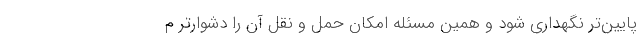
پایین‌تر نگهداری شود و همین مسئله امکان حمل و نقل آن را دشوارتر م